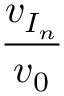
\frac { v _ { I _ { n } } } { v _ { 0 } }